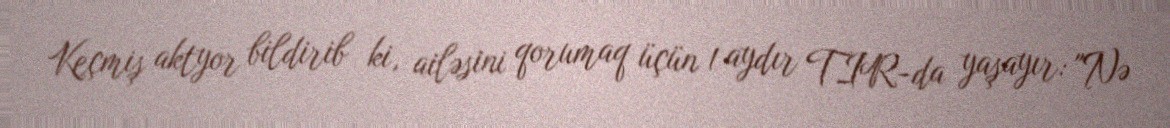
Keçmiş aktyor bildirib ki, ailəsini qorumaq üçün 1 aydır TIR-da yaşayır: "Nə